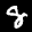
Label: 8